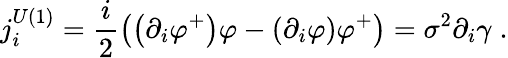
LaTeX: j_{i}^{U(1)}=\frac{i}{2}\left(\left(\partial_{i}\varphi^{+}\right)\varphi-\left(\partial_{i}\varphi\right)\varphi^{+}\right)=\sigma^{2}\partial_{i}\gamma\; \mathrm{.}